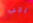
يجب